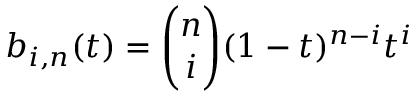
b _ { i , n } ( t ) = { \binom { n } { i } } ( 1 - t ) ^ { n - i } t ^ { i }